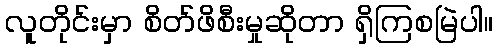
လူတိုင်းမှာ စိတ်ဖိစီးမှုဆိုတာ ရှိကြစမြဲပါ။